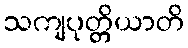
သကျပုတ္တိယာတိ